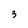
Character: 3